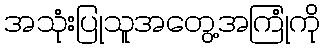
အသုံးပြုသူအတွေ့အကြုံကို